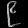
Digit: ၉